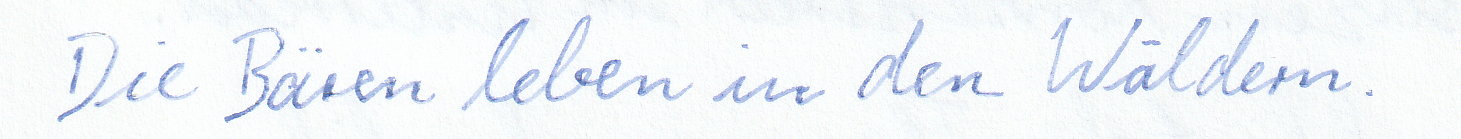
Die Bären leben in den Wäldern.